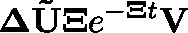
\mathbf { \Delta } \mathbf { \tilde { U } } \mathbf { \Xi } e ^ { \mathbf { - \mathbf { \Xi } } t } \mathbf { V }